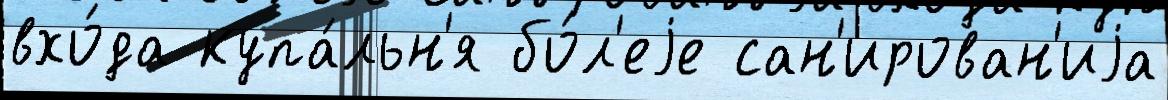
вхо́да купа́льн'я бо́л'еjе сан'ирован'иjа